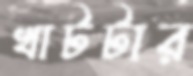
খাটটার